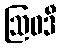
ဩဝဒီ